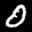
Label: 0